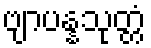
ဗျာပန္နသုတ္တံ